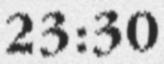
23:30